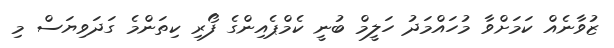
ޒުވާނެއް ކަމަށްވާ މުހައްމަދު ހަލީމް ބުނީ ކެމްޕެއިންގެ ފޯރި ކިތަންމެ ގަދަވިޔަސް މި